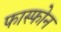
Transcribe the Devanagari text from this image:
फास्फोन